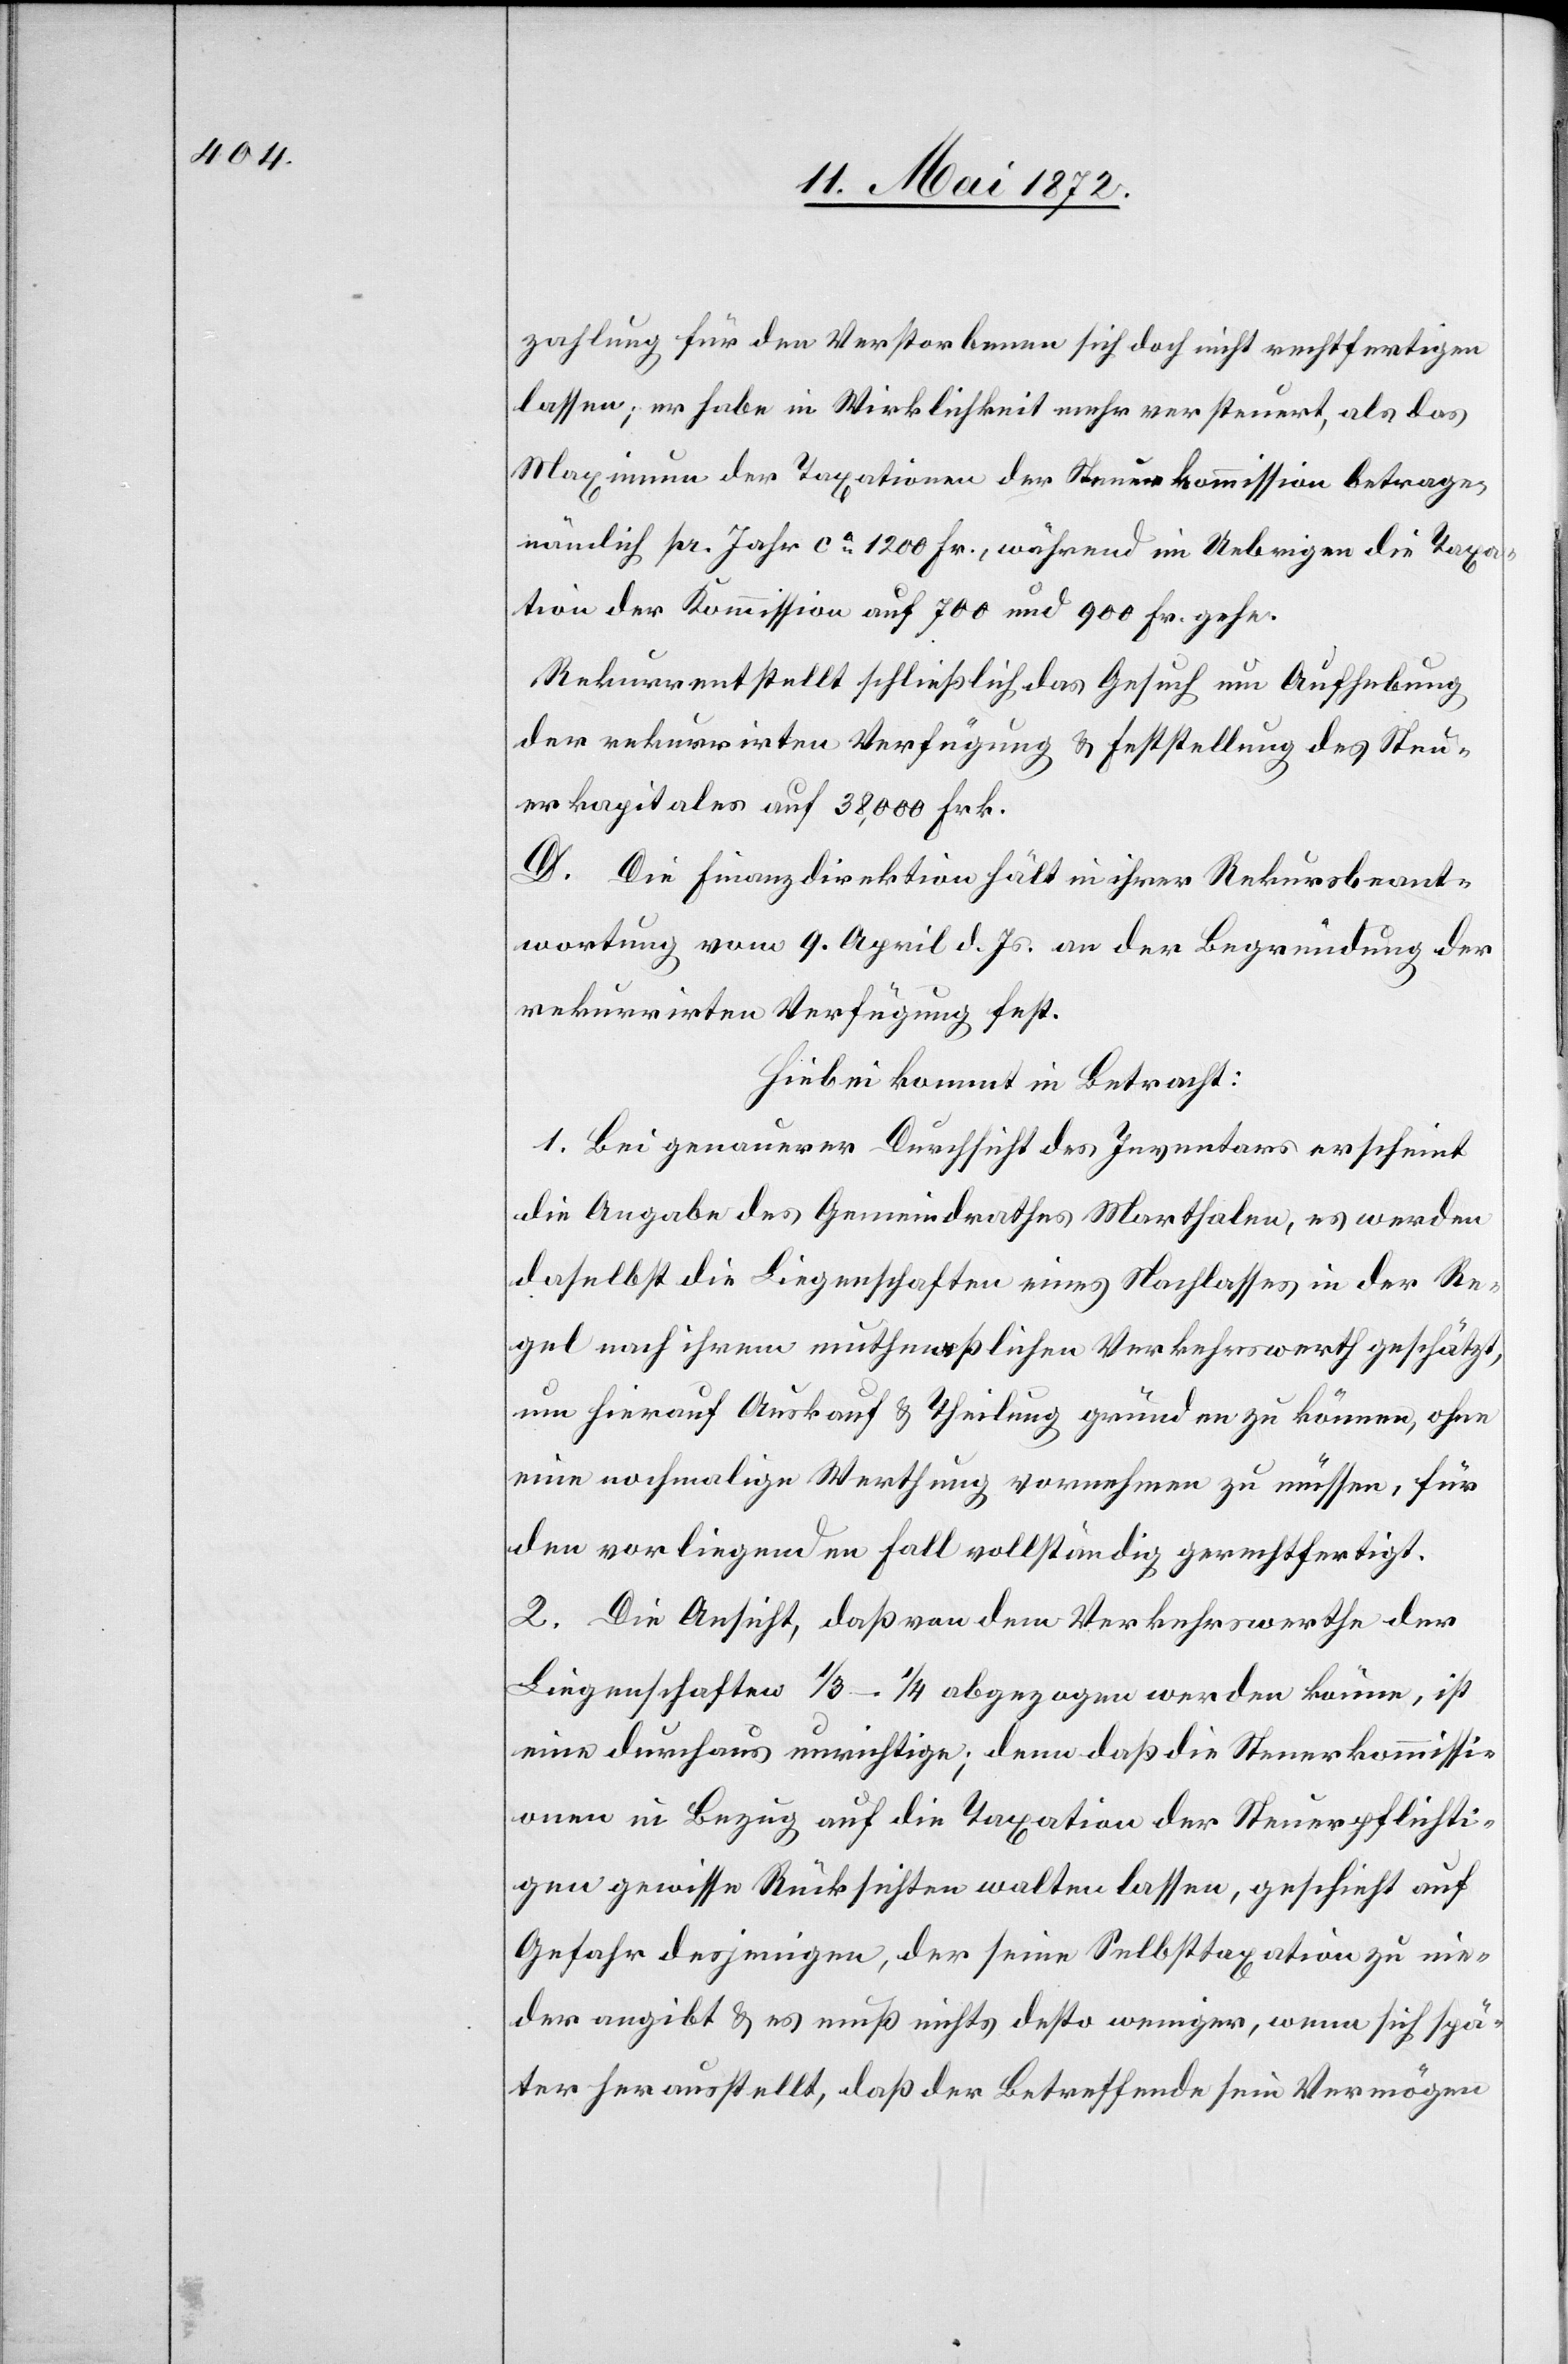
zahlung für den Verstorbenen sich doch nicht rechtfertigen
lassen; er habe in Wirklichkeit mehr versteuert, als das
Maximum der Taxation der Steuerkommission betrage,
nämlich pr. Jahr ca 1200 Fr., während im Uebrigen die Taxa¬
tion der Kommission auf 700 und 900 Fr. gehe.
Rekurrent stellt schließlich das Gesuch um Aufhebung
der rekurrirten Verfügung u. Feststellung des Steu¬
erkapitales auf 38,000 Frk.
D. Die Finanzdirektion hält in ihrer Rekursbeant¬
wortung vom 9. April d. Js. an der Begründung der
rekurrirten Verfügung fest.
Hiebei kommt in Betracht:
1. Bei genauerer Durchsicht des Inventars erscheint
die Angabe des Gemeindrathes Marthalen, es werden
daselbst die Liegenschaften eines Nachlasses in der Re¬
gel nach ihrem muthmaßlichen Verkehrswerth geschätzt,
um hierauf Auskauf u. Theilung gründen zu können, ohne
eine nochmalige Werthung vornehmen zu müssen, für
den vorliegenden Fall vollständig gerechtfertigt.
2. Die Ansicht, daß von dem Verkehrswerthe der
Liegenschaften 1/3–1/4 abgezogen werden könne, ist
eine durchaus unrichtige; denn daß die Steuerkommissi¬
onen in Bezug auf die Taxation der Steuerpflichti¬
gen gewisse Rücksichten walten lassen, geschieht auf
Gefahr desjenigen, der seine Selbsttaxation zu nie¬
der angibt u. es muß nicht desto weniger, wenn sich spä¬
ter herausstellt, daß der Betreffende sein Vermögen